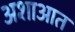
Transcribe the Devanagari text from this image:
अशाआत